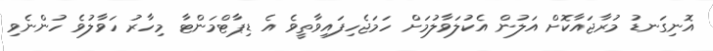
އޮނިގަނޑު މުރާޖައާކޮށް އަލުން އެކުލަވާލުމަށް ހަމަޖެހިފައިވާތީވެ އެ ޑިޕާޓްމަންޓާ މިހާރު ހަވާލުވެ ހުންނެވި